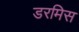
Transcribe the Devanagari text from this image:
डरमिस